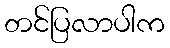
တင်ပြလာပါက